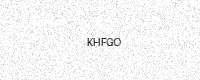
Text: KHFGO